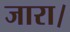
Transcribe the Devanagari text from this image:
जारा।